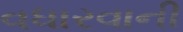
વધારવાની